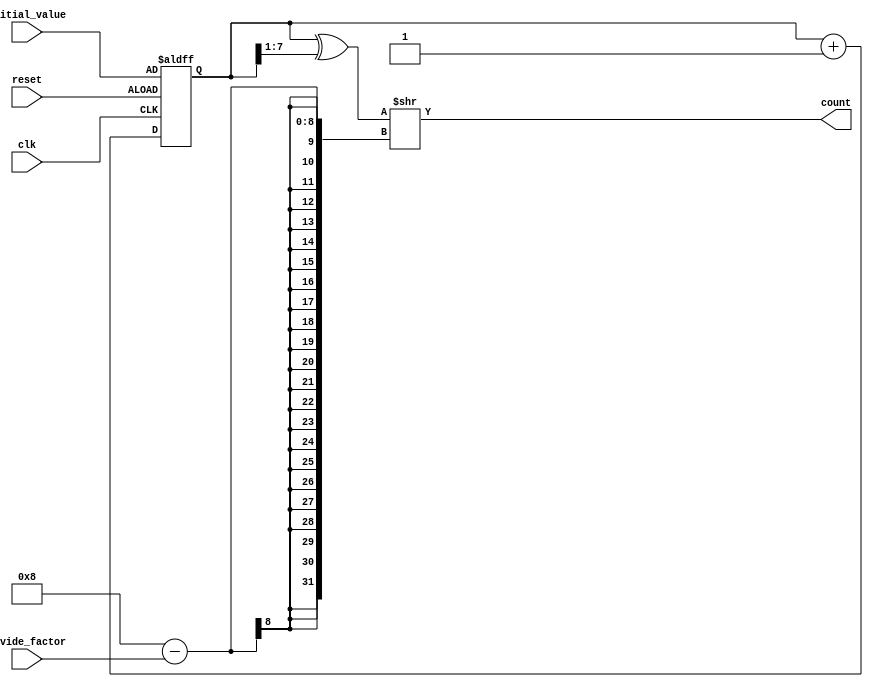
module gray_counter_clock_divider (
    input wire clk,
    input wire reset,
    input wire [7:0] initial_value,
    input wire [7:0] divide_factor,
    output reg [7:0] count
);

reg [7:0] gray_count;

always @(posedge clk or posedge reset) begin
    if (reset) begin
        gray_count <= initial_value;
    end else begin
        gray_count <= gray_count + 1;
    end
end

always @* begin
    count = (gray_count ^ (gray_count >> 1)) >> (8 - divide_factor);
end

endmodule